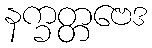
နက္ခတ္တဗေဒ